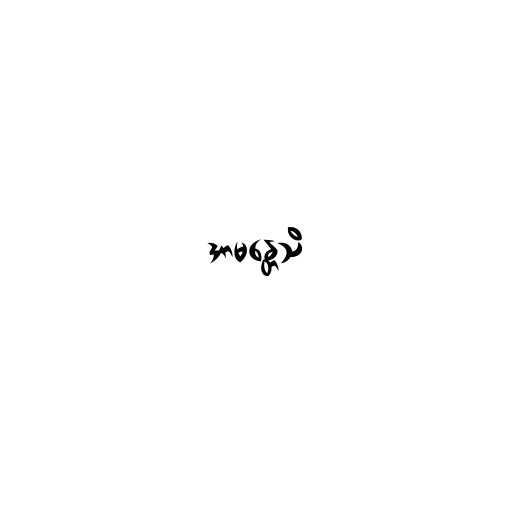
အာမန္တေသိ